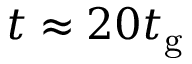
t \approx 2 0 t _ { \mathrm { g } }